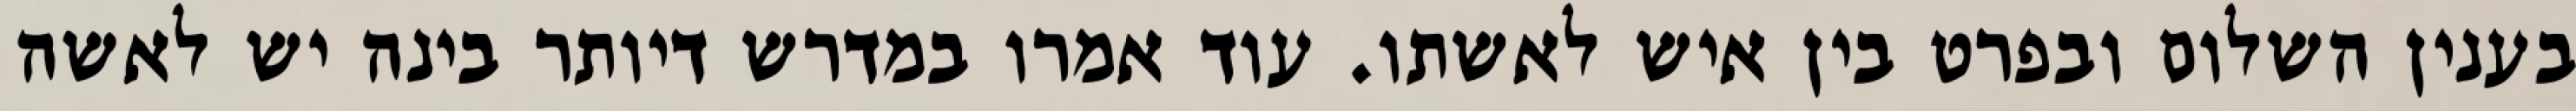
בענין השלום ובפרט בין איש לאשתו. עוד אמרו במדרש דיותר בינה יש לאשה